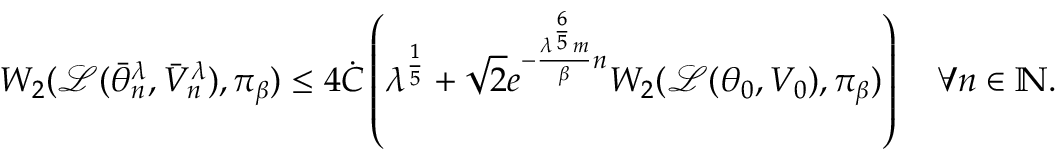
W _ { 2 } ( \mathcal { L } ( \bar { \theta } _ { n } ^ { \lambda } , \bar { V } _ { n } ^ { \lambda } ) , \pi _ { \beta } ) \leq 4 \dot { C } \left( \lambda ^ { \frac { 1 } { 5 } } + \sqrt { 2 } e ^ { - \frac { \lambda ^ { \frac { 6 } { 5 } } m } { \beta } n } W _ { 2 } ( \mathcal { L } ( \theta _ { 0 } , V _ { 0 } ) , \pi _ { \beta } ) \right) \quad \forall n \in \mathbb { N } .